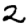
Digit: 2